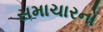
સમાચારનો